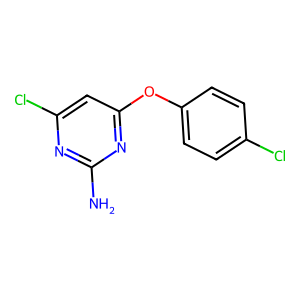
SMILES: Nc1nc(Cl)cc(Oc2ccc(Cl)cc2)n1
Inhibits HIV replication: No